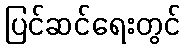
ပြင်ဆင်ရေးတွင်